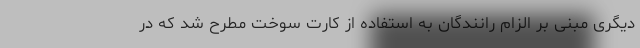
دیگری مبنی بر الزام رانندگان به استفاده از کارت سوخت مطرح شد که در